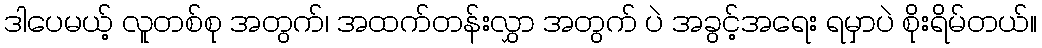
ဒါပေမယ့် လူတစ်စု အတွက်၊ အထက်တန်းလွှာ အတွက် ပဲ အခွင့်အရေး ရမှာပဲ စိုးရိမ်တယ်။